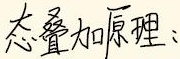
态叠加原理：